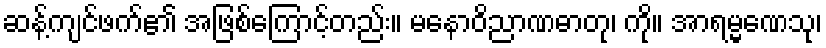
ဆန့်ကျင်ဖက်၏ အဖြစ်ကြောင့်တည်း။ မနောဝိညာဏဓာတု၊ ကို။ အာရမ္မဏေသု၊